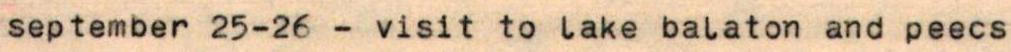
september 25-26 - visit to lake balaton and peecs